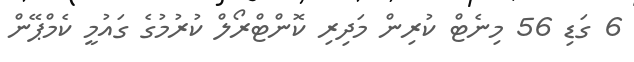
6 ގަޑި 56 މިނެޓް ކުރިން މަދިރި ކޮންޓްރޯލް ކުރުމުގެ ގައުމީ ކެމްޕޭން